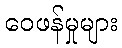
ဝေဖန်မှုများ